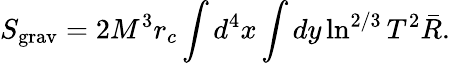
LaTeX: S_{\mathrm{grav}}=2M^{3}r_{c}\int d^{4}x\int dy\ln^{2/3}T^{2}\bar{R}.